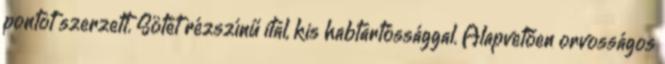
pontot szerzett. Sötét rézszínű ital, kis habtartóssággal. Alapvetően orvosságos